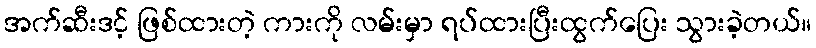
အက်ဆီးဒင့် ဖြစ်ထားတဲ့ ကားကို လမ်းမှာ ရပ်ထားပြီးထွက်ပြေး သွားခဲ့တယ်။